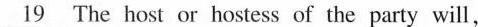
\underline{}19The host or hostess of the party will,